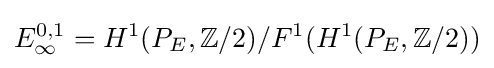
E_{\infty }^{0,1}=H^{1}(P_{E},\mathbb {Z} /2)/F^{1}(H^{1}(P_{E},\mathbb {Z} /2))